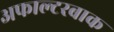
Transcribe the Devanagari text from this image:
अफाल्टरबाक